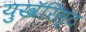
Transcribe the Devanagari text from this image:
युखॅरिस्ट